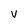
Character: v